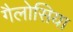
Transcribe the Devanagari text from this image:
गैलोसिया